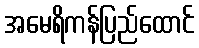
အမေရိကန်ပြည်ထောင်